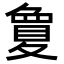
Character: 𡕷